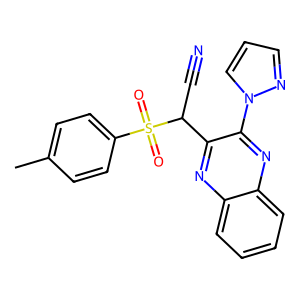
SMILES: Cc1ccc(S(=O)(=O)C(C#N)c2nc3ccccc3nc2-n2cccn2)cc1
Inhibits HIV replication: No